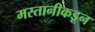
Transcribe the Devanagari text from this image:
मस्तानीकडून